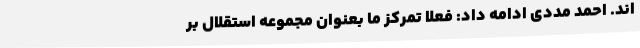
اند. احمد مددی ادامه داد: فعلاً تمرکز ما بعنوان مجموعه استقلال بر